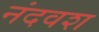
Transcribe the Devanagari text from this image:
नंदवश